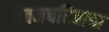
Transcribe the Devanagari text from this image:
जीवनचरित्राचा